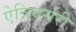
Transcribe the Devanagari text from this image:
ऐन्निवर्सरी